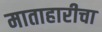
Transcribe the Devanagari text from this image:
माताहारीचा